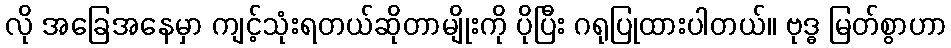
လို အခြေအနေမှာ ကျင့်သုံးရတယ်ဆိုတာမျိုးကို ပိုပြီး ဂရုပြုထားပါတယ်။ ဗုဒ္ဓ မြတ်စွာဟာ